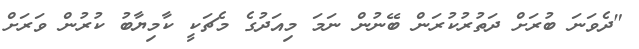
"ދެވަނަ ބުރަށް ދަތުރުކުރަން ބޭނުން ނަމަ މިއަދުގެ މެޗަކީ ކާމިޔާބު ކުރުން ވަރަށް